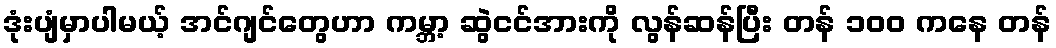
ဒုံးပျံမှာပါမယ့် အင်ဂျင်တွေဟာ ကမ္ဘာ့ ဆွဲငင်အားကို လွန်ဆန်ပြီး တန် ၁၀၀ ကနေ တန်